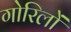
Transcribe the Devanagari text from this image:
गोरिलों